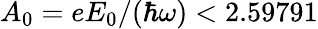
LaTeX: A_{0}=eE_{0}/(\hbar\omega)<2.59791